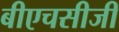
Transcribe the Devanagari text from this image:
बीएचसीजी